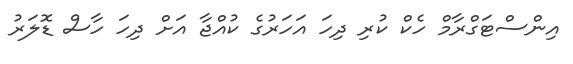
އިންސްޓަގްރާމް ހެކް ކުރި ދިހަ އަހަރުގެ ކުއްޖާ އަށް ދިހަ ހާސް ޑޮލަރު